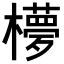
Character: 𣟃